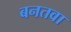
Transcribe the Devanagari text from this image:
बनतवा